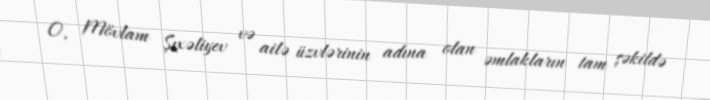
O, Mövlam Şıxəliyev və ailə üzvlərinin adına olan əmlakların tam şəkildə